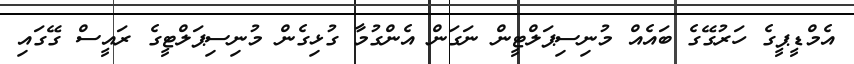
އެމްޑީޕީގެ ހަރުގޭގެ ބައެއް މުނިސިޕަލްޓީން ނަގަން އެންގުމާ ގުޅިގެން މުނިސިޕަލްޓީގެ ރައީސް ގޭގައި